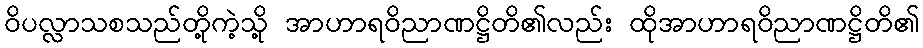
ဝိပလ္လာသစသည်တို့ကဲ့သို့ အာဟာရဝိညာဏဋ္ဌိတိ၏လည်း ထိုအာဟာရဝိညာဏဋ္ဌိတိ၏